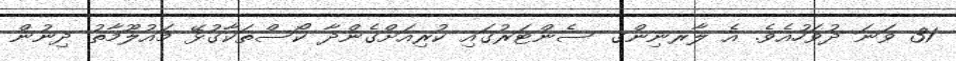
31 ވަނަ ދުވަހުއެވެ. އެ ލާރނިންގ ސެންޓަރުގައި ކުރިއަށްގެންދާ ކޯސްތަކާގުޅޭ މައުލޫމާތު ދިނުން